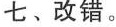
七、改错。